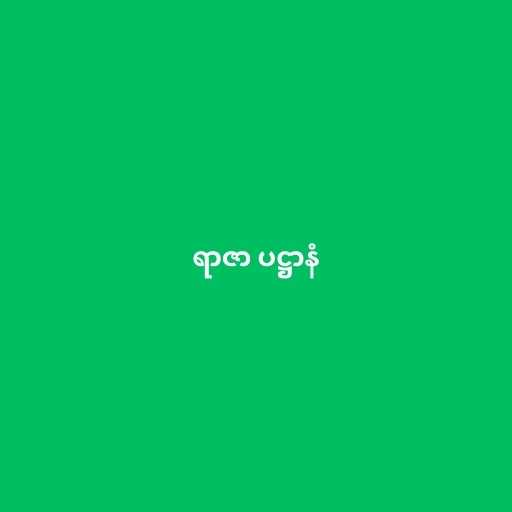
ရာဇာ ပဋ္ဌာနံ